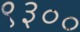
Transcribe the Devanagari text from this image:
९३००